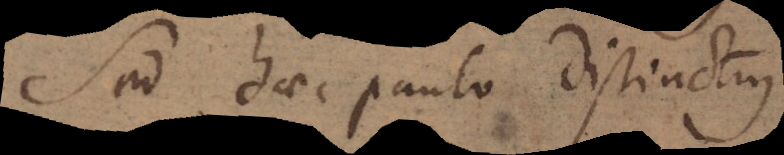
Sed haec paulo distinctius